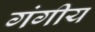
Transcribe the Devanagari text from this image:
गंगीय